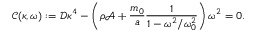
\mathcal { C } ( \kappa , \omega ) : = \mathcal { D } \kappa ^ { 4 } - \left( \rho \mathcal { A } + \frac { m _ { 0 } } { a } \frac { 1 } { 1 - \omega ^ { 2 } / \omega _ { 0 } ^ { 2 } } \right) \omega ^ { 2 } = 0 .